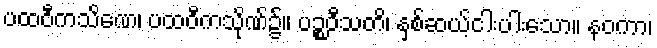
ပထဝီကသိဏေ၊ ပထဝီကသိုဏ်၌။ ပဉ္စဝီသတိ၊ နှစ်ဆယ့်ငါးပါးသော။ နဝကာ၊